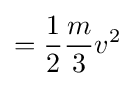
={\frac {1}{2}}{\frac {m}{3}}v^{2}